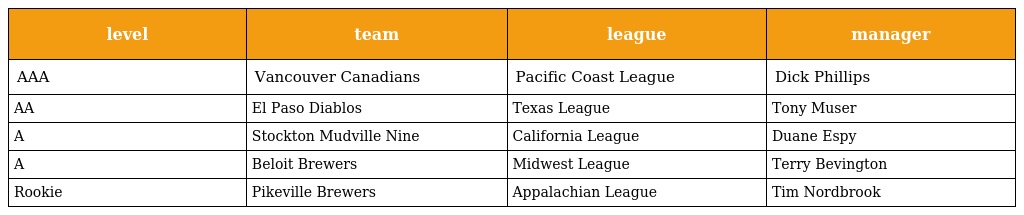
| level | team | league | manager |
 | --- | --- | --- | --- |
 | AAA | Vancouver Canadians | Pacific Coast League | Dick Phillips |
 | AA | El Paso Diablos | Texas League | Tony Muser |
 | A | Stockton Mudville Nine | California League | Duane Espy |
 | A | Beloit Brewers | Midwest League | Terry Bevington |
 | Rookie | Pikeville Brewers | Appalachian League | Tim Nordbrook |